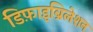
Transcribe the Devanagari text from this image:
डिफ़ाइब्रिलेशन